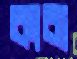
কাবা